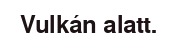
Vulkán alatt.